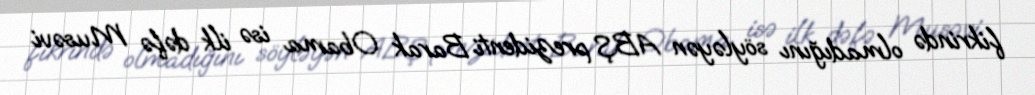
fikrində olmadığını söyləyən ABŞ prezidenti Barak Obama isə ilk dəfə Musəvi